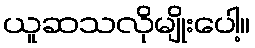
ယူဆသလိုမျိုးပေါ့။